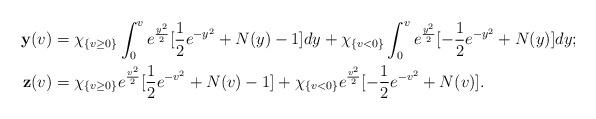
LaTeX: \begin{align*}\mathbf{y}(v)&=\chi_{\{v\geq 0\}}\int_0^{v}e^{\frac{y^2}{2}}[\frac12e^{-y^2}+N(y)-1]dy+\chi_{\{v< 0\}}\int_0^{v}e^{\frac{y^2}{2}}[-\frac12e^{-y^2}+N(y)]dy;\\\mathbf{z}(v)&=\chi_{\{v\geq 0\}}e^{\frac{v^2}{2}}[\frac12e^{-v^2}+N(v)-1]+\chi_{\{v< 0\}}e^{\frac{v^2}{2}}[-\frac12e^{-v^2}+N(v)].\end{align*}